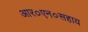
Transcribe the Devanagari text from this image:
आर०एन०सहाय